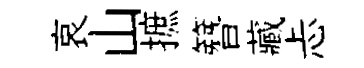
哀山摭簪藏忐